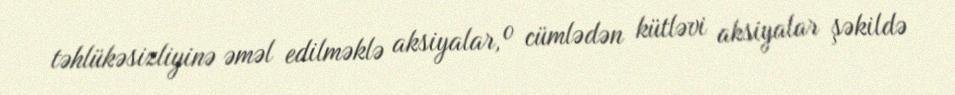
təhlükəsizliyinə əməl edilməklə aksiyalar, o cümlədən kütləvi aksiyalar şəkildə